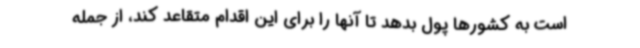
است به کشورها پول بدهد تا آنها را برای این اقدام متقاعد کند، از جمله